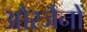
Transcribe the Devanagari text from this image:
औरजैनों